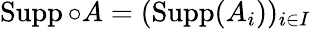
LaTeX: \operatorname{Supp}\circ A=(\operatorname{Supp}(A_{i}))_{i\in{I}}